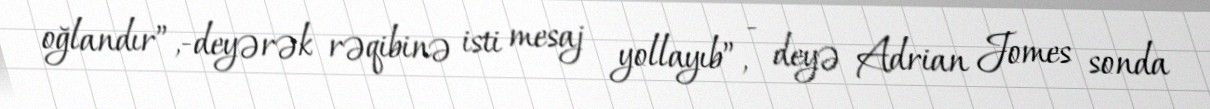
oğlandır”,-deyərək rəqibinə isti mesaj yollayıb”, - deyə Adrian Jomes sonda